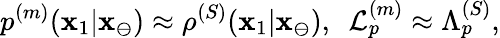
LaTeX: p^{(m)}(\mathbf{x}_{1}|\mathbf{{\mathbf{x}}}_{\ominus})\approx\rho^{(S)}(\mathbf{x}_{1}|\mathbf{{\mathbf{x}}}_{\ominus}),\ \ \mathcal{{L}}_{p}^{(m)}\approx\Lambda_{p}^{(S)},